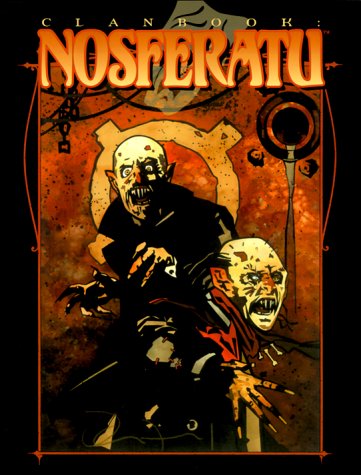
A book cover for Clanbook: Nosferatu, Revised Edition (Vampire: The Masquerade); Brian Campbell; Science Fiction & Fantasy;